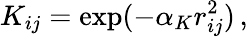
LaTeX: K_{ij}=\exp(-\alpha_{K}r_{ij}^{2})\, ,